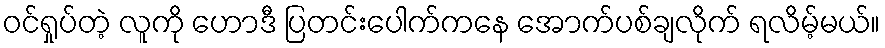
ဝင်ရှုပ်တဲ့ လူကို ဟောဒီ ပြတင်းပေါက်ကနေ အောက်ပစ်ချလိုက် ရလိမ့်မယ်။